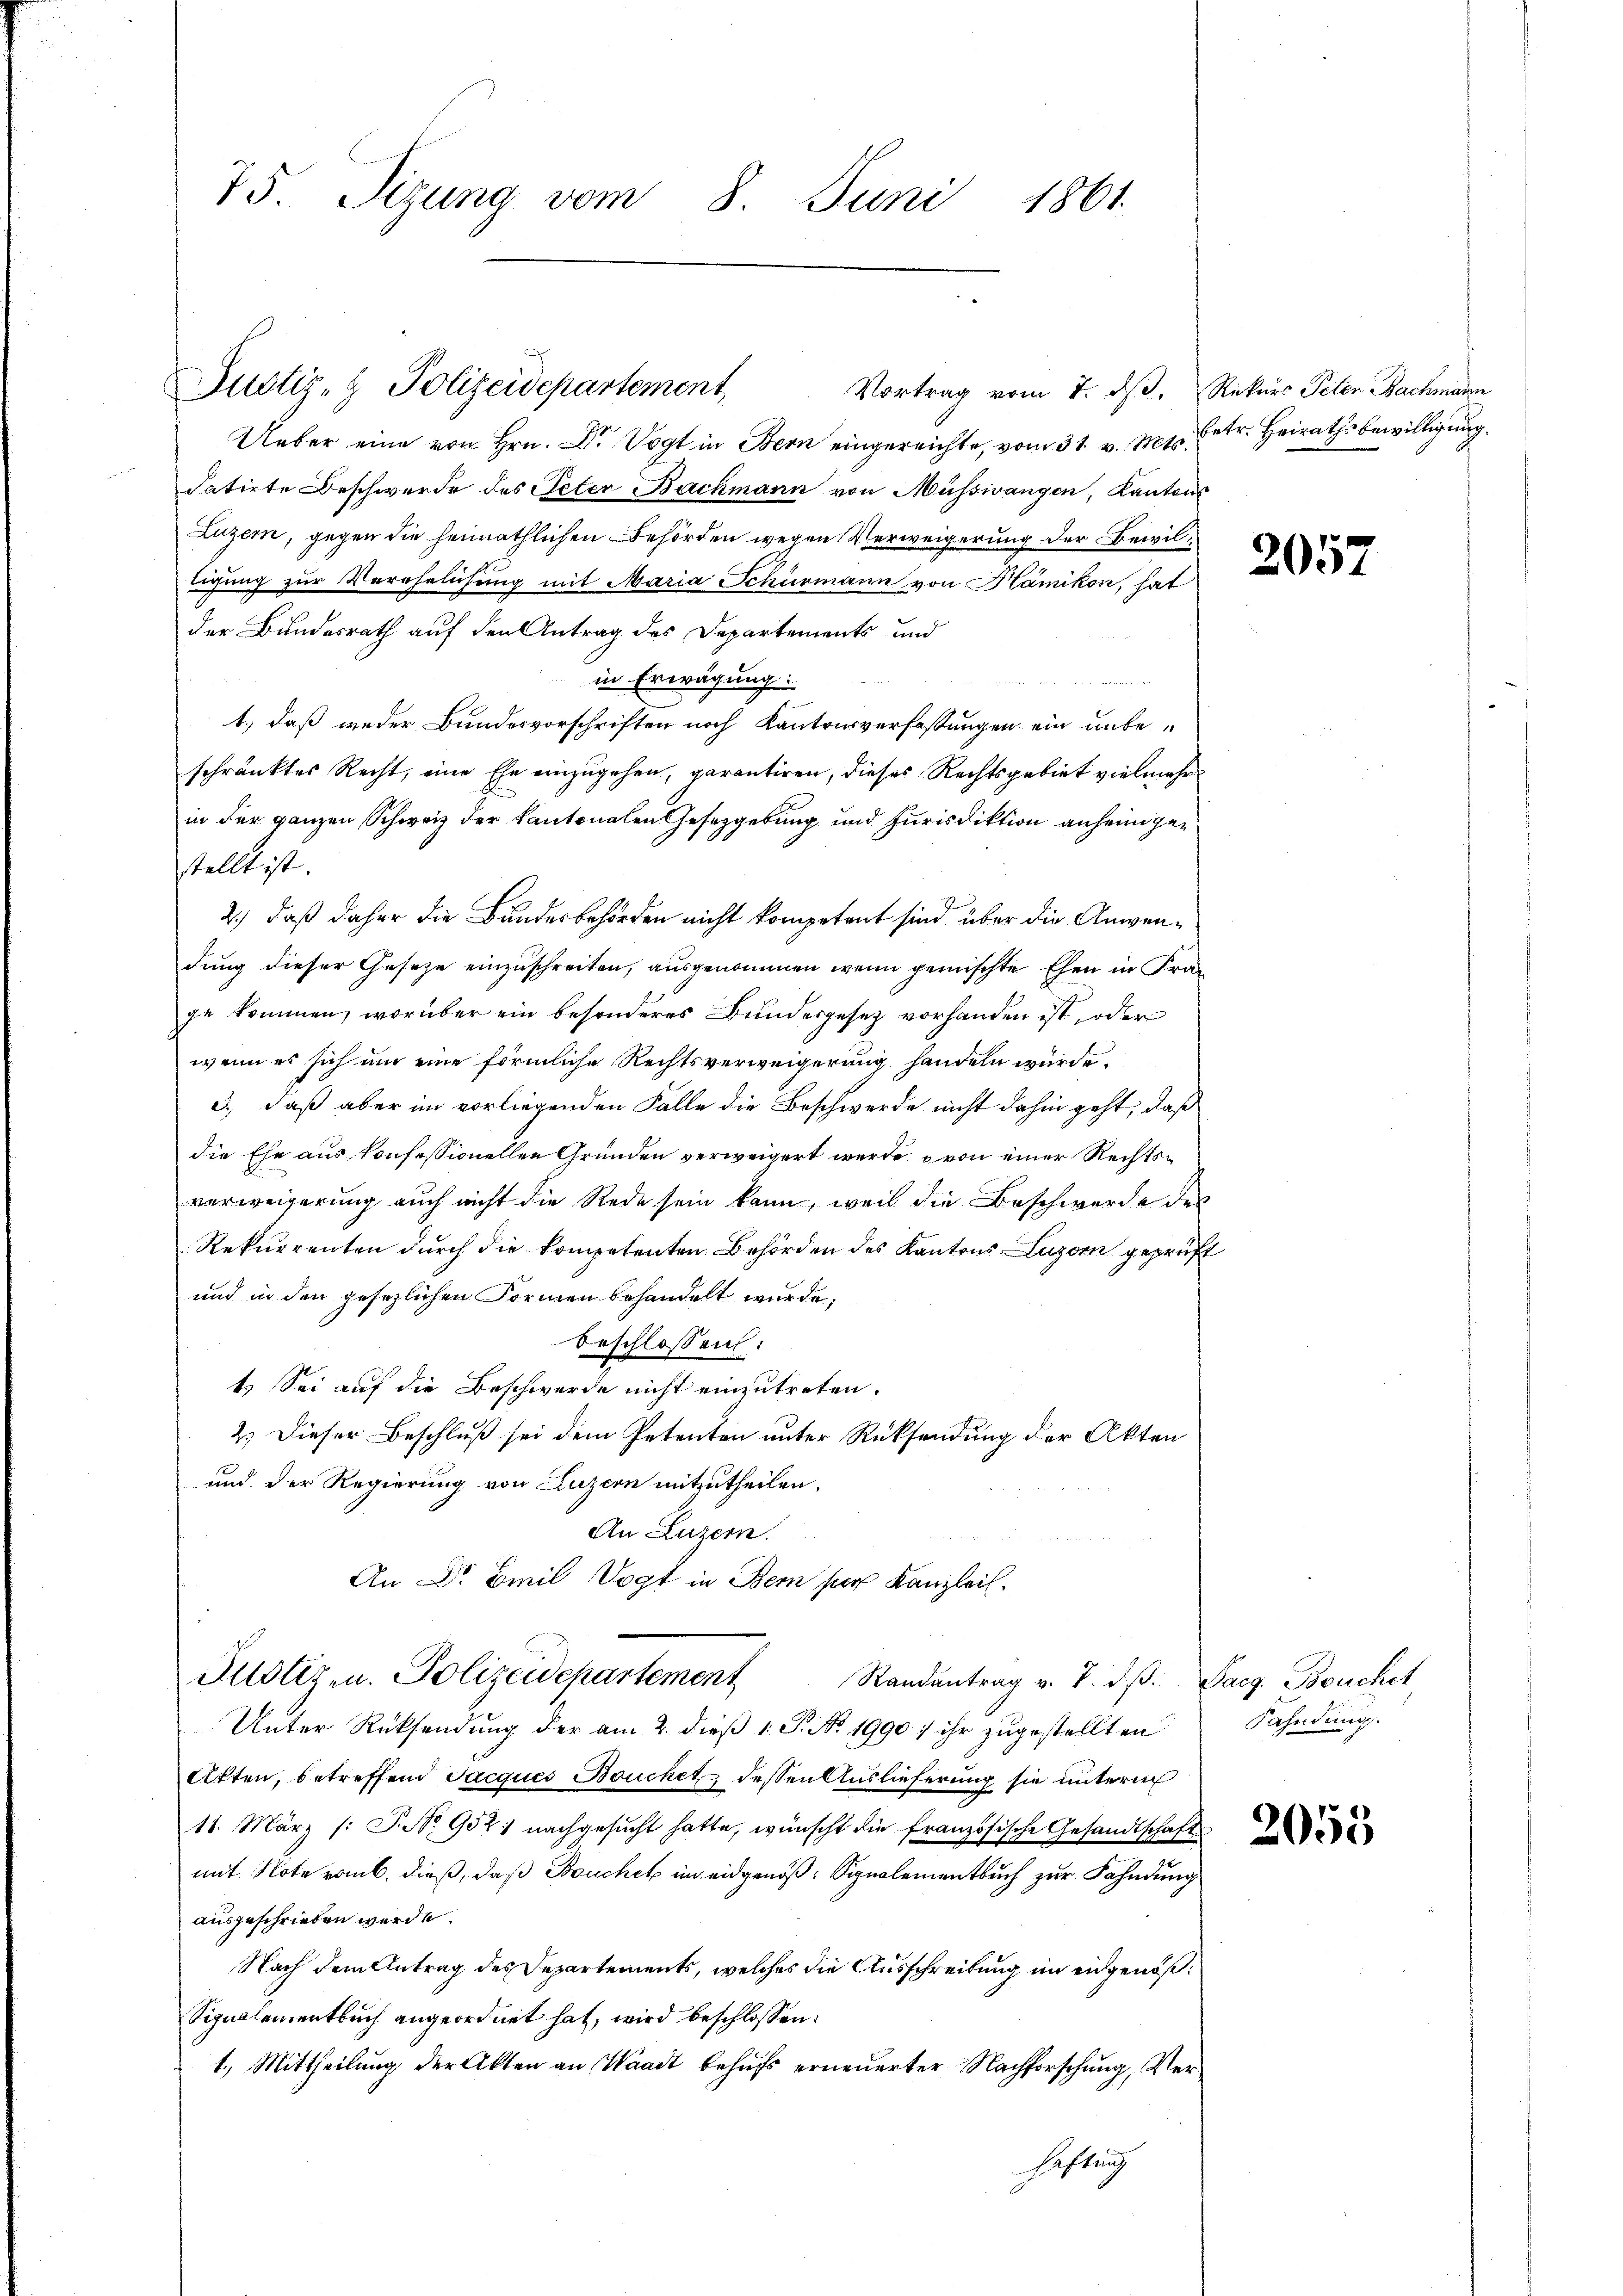
75. Sizung vom 8. Juni 1861.

Ueber eine von Hrn. Dr Vogt in Bern eingereichte, vom 31. v. Mts. betr. Heirathsbewilligung
datirte Beschwerde des Peter Bachmann von Müssivangen, Kantons
Luzern, gegen die heimathlichen Behörden wegen Verweigerung der Bewilligung zur Verehelichung mit Maria Schurmann von Kämikon, hat
der Bundesrath auf den Antrag des Departements und
in Erwägung:
1.) daß weder Bundesvorschriften noch Kantonsverfassungen ein unbeschränktes Recht, eine Ehe einzugehen, garantiren, dieses Rechtsgebiet vielmehr
in der ganzen Schweiz der kantonalen Gesetzgebung und Jurisdiktion anheim gestellt ist.
2.) daß daher die Bundesbehörden nicht kompetent sind über die Anwendung dieser Gesetze einzuschreiten, ausgenommen, wenn gemischte Ehen in Frage kommen, worüber ein besonderes Bundesgesetz vorhanden ist, oder
wenn es sich um eine förmliche Rechtsverweigerung handeln würde.
3., daß aber im vorliegenden Falle die Beschwerde nicht dahin geht, daß
die Ehe aus konfessionellen Gründen verweigert werde von einer Rechtsverweigerung auch nicht die Rede sein kann, weil die Beschwerde des
Rekurrenten durch die kompetenten Behörden des Kantons Luzern geprüf
und in den gesezlichen Formen behandelt wurde,
Beschlossen:
t. Sei auf die Beschwerde nicht einzutreten.
2.) Dieser Beschluß sei dem Petenten unter Rücksendung der Akten
und der Regierung von Luzern mitzutheilen.
An Luzern.
An Dr Breil Vogt in Bern ser Kanzleil.
Justiz u. Polizeidepartement Randantrag v. 7. d. Sarg. Bouchet
Unter Rücksendung der am 2. dieß 1 S. Nr. 1990) ihr zugestellten
Akten, betreffend Jacques Bouchet, dessen Auslieferung sie unterm
11. März /: P. Nr. 9521 nachgesŭcht hatte, wünscht die französische Gesandtschaft
mit Note vom 6. dieß, daß Bouchet im eidgenöß¬ Signalementbuch zur Fahndung
ausgeschrieben werde.
Nach dem Antrag des Departements, welches die Ausschreibung im eidgenöß¬
Signalementbuch angeordnet hat, wird beschlossen:
1.) Mittheilung der Akten an Waadt behufs erneuerter Nachforschung, Verhaftung

Justiz- & Polizeidepartement

Vortrag vom 7. ds. Rekurs Peter Bachmann

2057

Fahndung